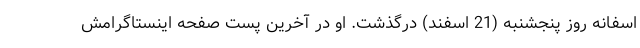
اسفانه روز پنجشنبه (21 اسفند) درگذشت. او در آخرین پست صفحه اینستاگرامش